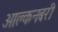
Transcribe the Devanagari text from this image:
आल्कनबरी